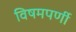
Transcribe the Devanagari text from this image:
विषमपर्णी